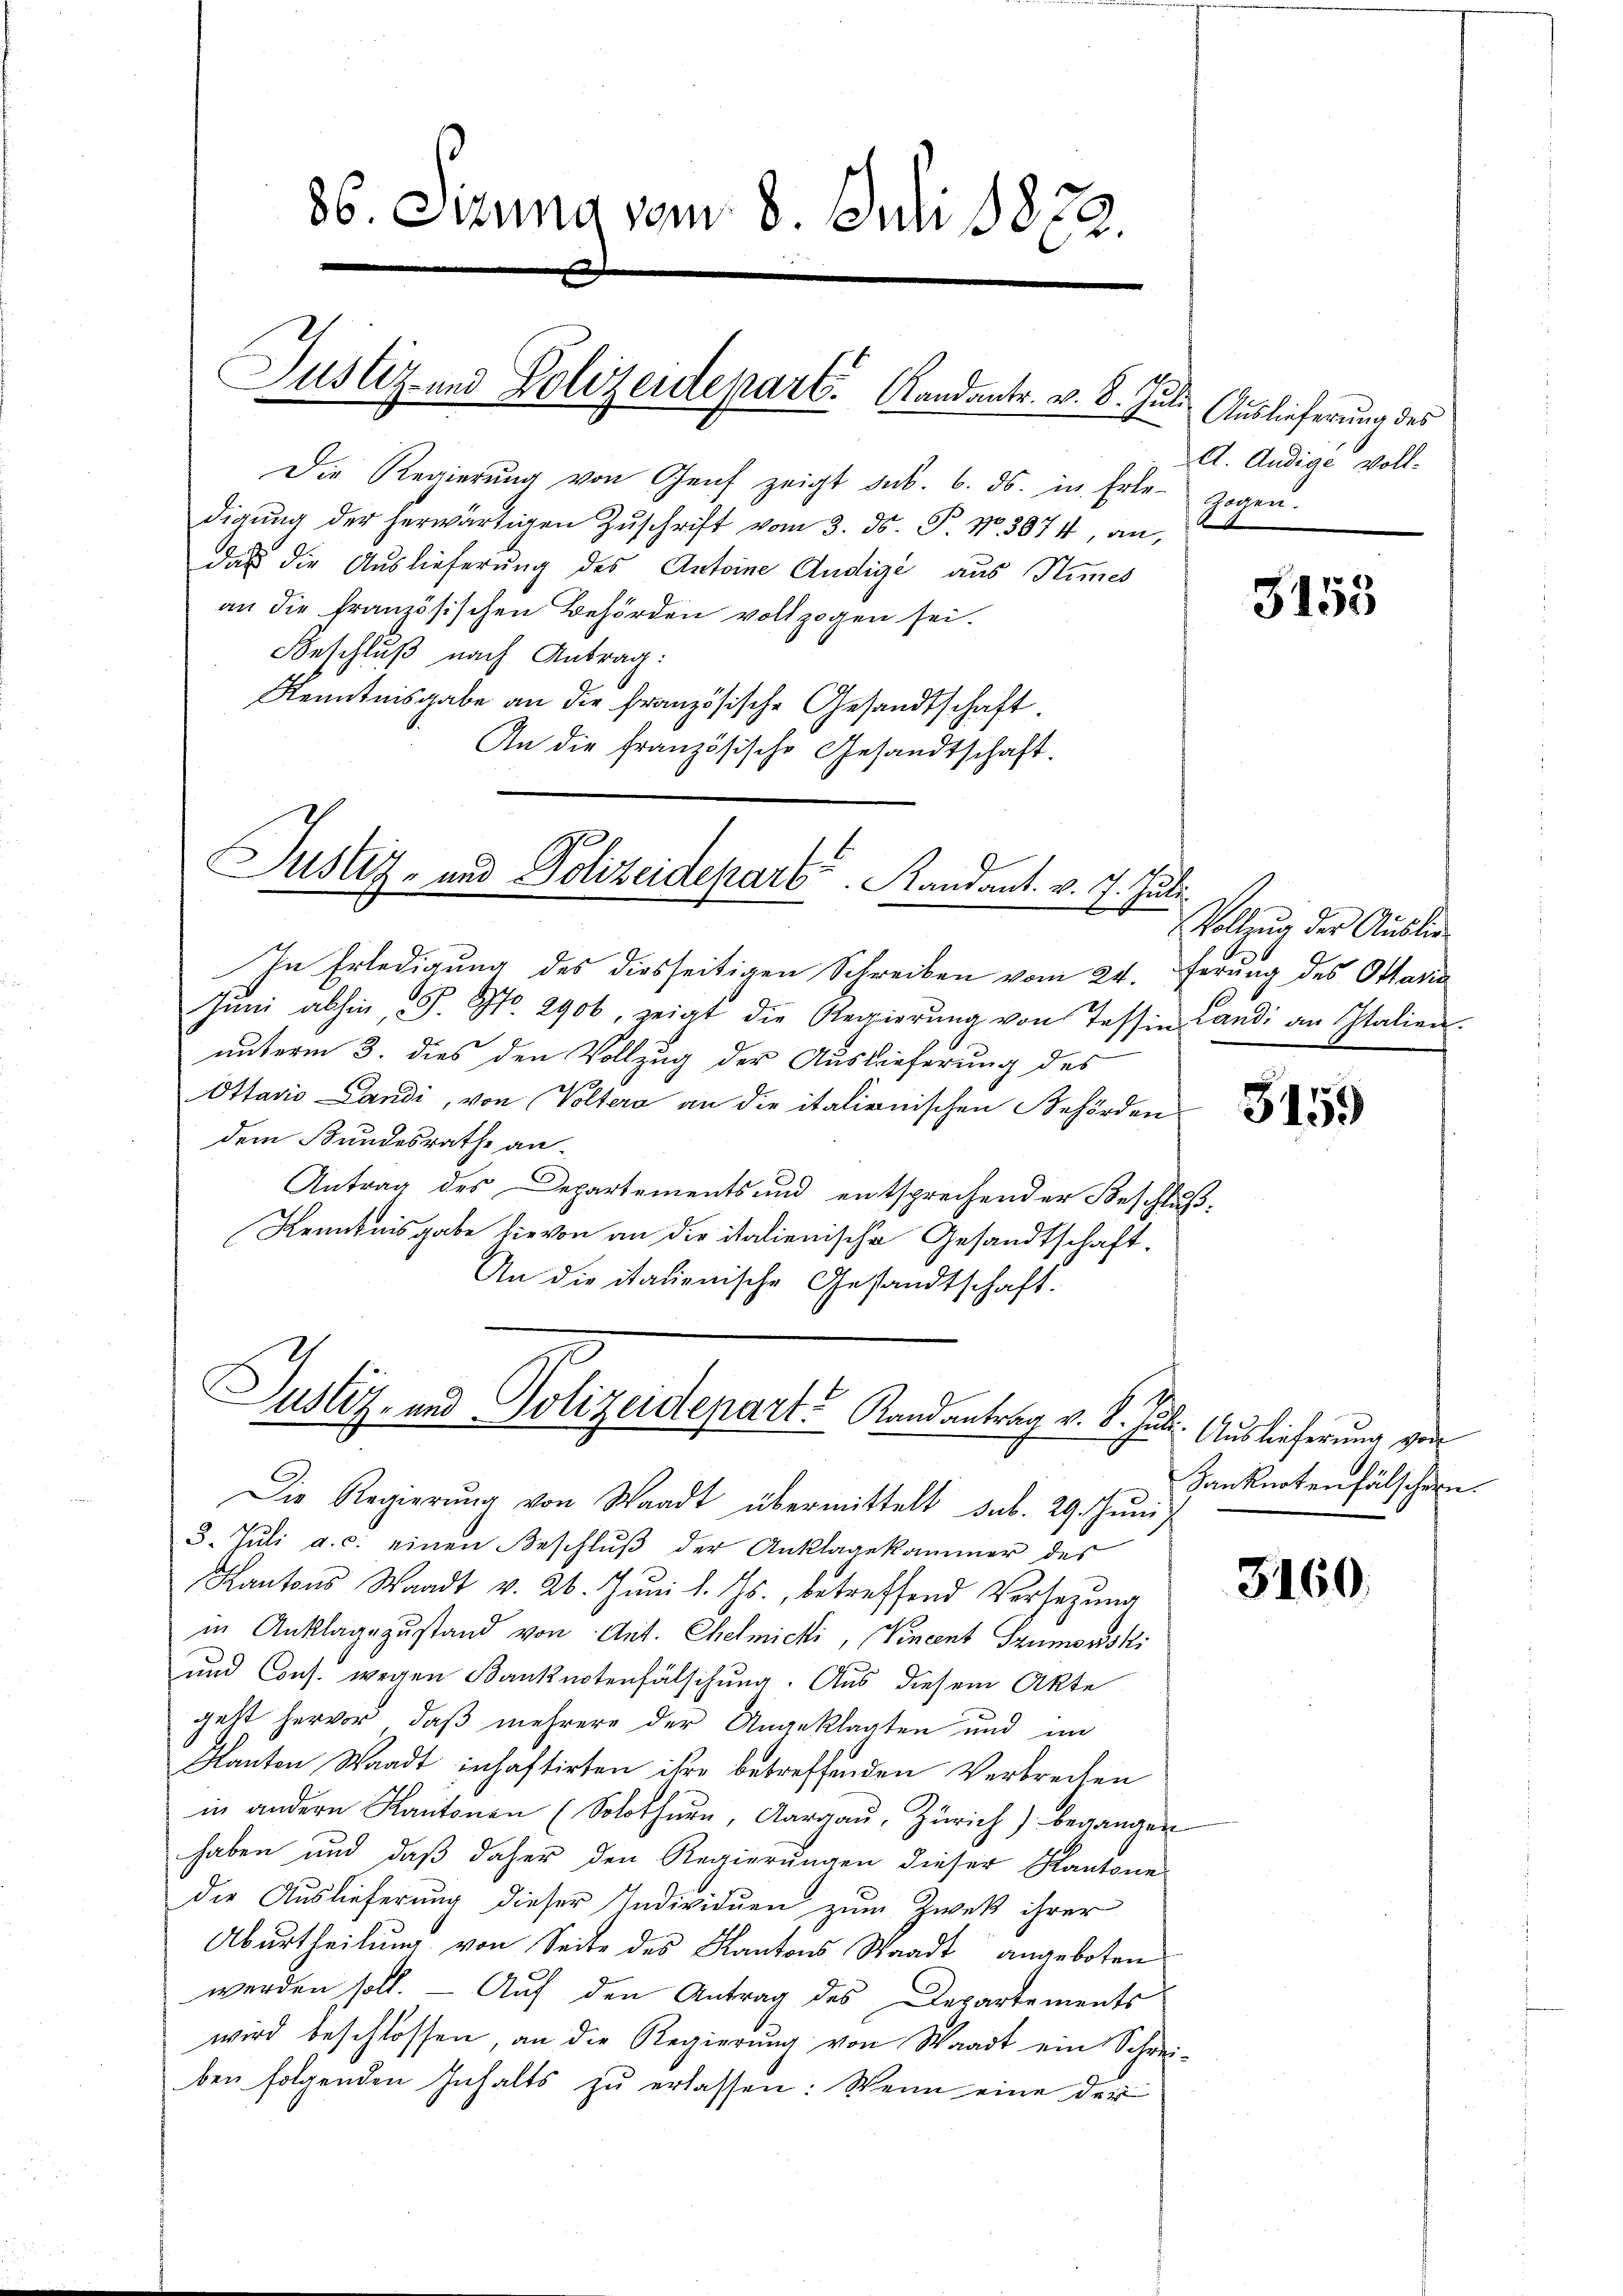
86. Sizung vom 8. Juli 1873.

Justiz und Polizeidepart. Kandants. v. 8. Juli

Die Regierŭng von Genf zeigt sub. 6. ds. in Erle- zogen.
digŭng der herwärtigen Zŭschrift vom 3. ds. P. Nr. 3074, an,
das die Auslieferung des Antoine Andige aus Stimes
an die französischen Behörden vollzogen sei.
Beschluß nach Antrag:
Kenntnisgabe an die französische Gesandtschaft.
An die französische Gesandtschaft.

Justiz- und Polizeidepart. Randant. v. 7. Juli
.

In Erledigung des diesseitigen Schreiben vom 24. Ferung des Ottaria
Jŭni abhin, S. No. 2906, zeigt die Regierŭng von Tessin Landi an Italien.
unterm 3. dies den Vollzug der Auslieferung des
Ottavis Landi, von Voltera an die italienischen Behörden
dem Bundesrathe an-
Antrag des Departements und entsprechender Beschluß-
Kenntnisgabe hievon an die italienische Gesandtschaft.
An die italienische Gesandtschaft.

Justiz- und Polizeidepart. Randantrag v. 8. Juli. Auslieferung von

Die Regierŭng von Waadt übermittelt sub. 29. Jŭni
3. Jŭli a. c. einen Beschlŭβ der Anklagekammer des
Kantons Waadt v. 26. Jŭni l. Js., betreffend Versezung
in Anklage zustand von Ant. Chemichi, Vincent Szumsuski
und Cons. wegen Banknotenfälschung. Aus diesem Akte
gebt hervor, daß mehrere der Angeklagten und im
Kanton Waadt inhaftirten ihre betreffenden Verbrechen
in andern Kantonen (Solothurn, Aargaŭ, Zürich) begangen
haben und daß daher den Regierungen dieser Kantone
die Auslieferung dieser Individuen zum Zwek ihrer
Aburtheilung von Seite des Kantons Waadt angeboten
werden soll. — Auf den Antrag des Departements
wird beschlossen, an die Regierŭng von Waadt ein Schrei-
ben folgenden Inhalts zŭ erlassen: Wenn eine der

Auslieferung des
A. Andige voll-

3153

Vollzug der Auslie

3159

Zanknotenfälschern.

3160.